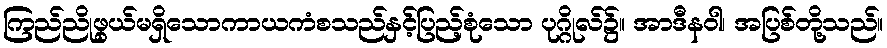
ကြည်ညိုဖွယ်မရှိသောကာယကံစသည်နှင့်ပြည့်စုံသော ပုဂ္ဂိုလ်၌။ အာဒီနဝါ၊ အပြစ်တို့သည်။